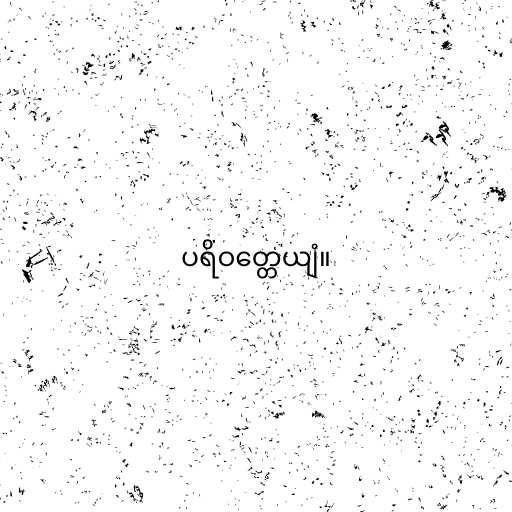
ပရိဝတ္တေယျံ။